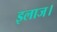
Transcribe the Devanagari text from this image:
इलाज।